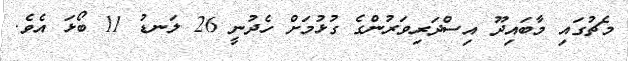
މެޗުގައި މާބައިދޫ އިސްދަރިވަރުންގެ ގުޅުމަށް ހެދުނީ 26 ލަނޑު 11 ބޯޅަ އެވެ.